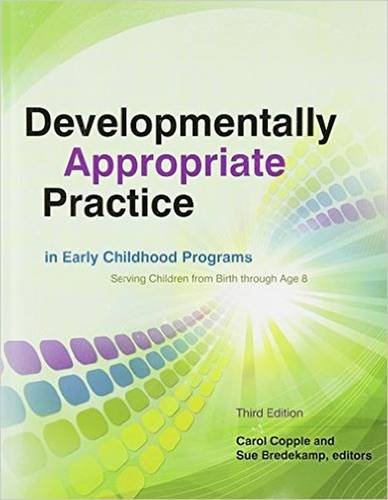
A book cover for Developmentally Appropriate Practice in Early Childhood Programs Serving Children from Birth Through Age 8; Carol Copple; Education & Teaching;